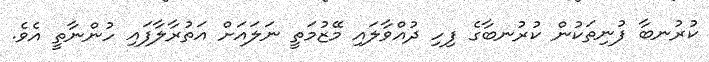
ކުރުނބާ ފުނިތަކުން ކުރުނބާގެ ފިހި ދުއްވާލައި މޭޒުމަތީ ނަލައަށް އަތުރާލާފައި ހުންނާތީ އެވެ.